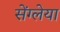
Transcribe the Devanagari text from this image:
सेंग्लेया